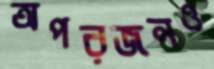
অপরজনও